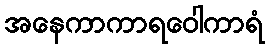
အနေကာကာရဝေါကာရံ